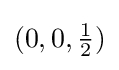
(0,0,{\tfrac {1}{2}})